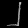
Digit: ၂